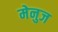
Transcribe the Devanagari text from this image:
मेनुज